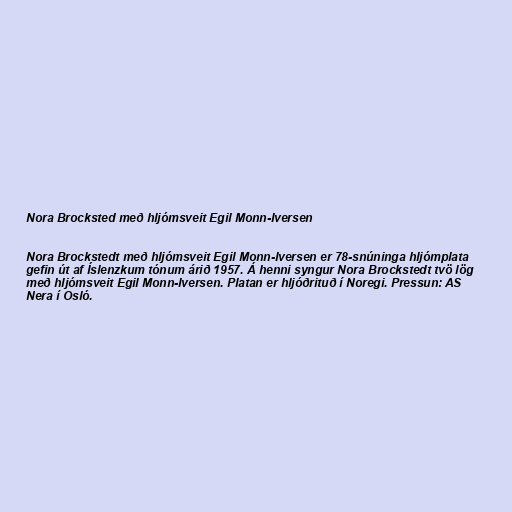
Nora Brocksted með hljómsveit Egil Monn-Iversen

Nora Brockstedt með hljómsveit Egil Monn-Iversen er 78-snúninga hljómplata
gefin út af Íslenzkum tónum árið 1957. Á henni syngur Nora Brockstedt tvö lög
með hljómsveit Egil Monn-Iversen. Platan er hljóðrituð í Noregi. Pressun: AS
Nera í Osló.